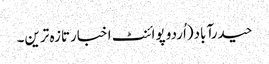
حیدرآباد(اُردو پوائنٹ اخبارتازہ ترین۔